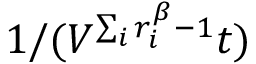
1 / ( V ^ { \sum _ { i } r _ { i } ^ { \beta } - 1 } t )